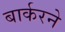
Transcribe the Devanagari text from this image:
बार्करने